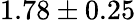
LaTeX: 1.78\pm 0.25